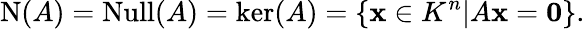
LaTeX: \operatorname{N}(A)=\operatorname{Null}(A)=\ker(A)=\left\{ \mathbf{x}\in K^{n}|A\mathbf{x}=\mathbf{0}\right\} .